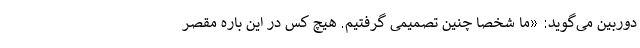
دوربین می‌گوید: «ما شخصا چنین تصمیمی گرفتیم. هیچ کس در این باره مقصر